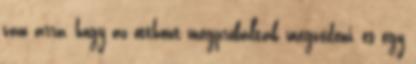
van arra, hogy az otthont megpróbálták megvédeni, és egy